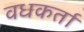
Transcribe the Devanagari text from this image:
वधकर्ता